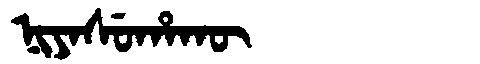
Manchu: ᠨᡳᠶᠠᠰᡠᡥᠠᡴᡡ
Romanization: NIYASUHAKŪ